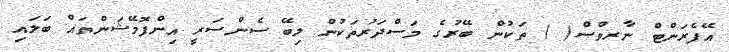
އޭފެރަންޓް ނާރވްސް( ) ތަކުން ބޭރުގެ މަސްދަރުތަކުން ލިބޭ ސެންސަރީ އިންފޮމޭޝަންތައް ބަލައި